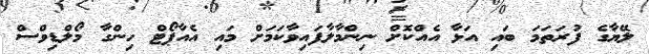
ލޭޔާގެ ފުރަތަމަ ބައި އަޅާ އެއްކޮށް ނިންމާލާފައިވާކަމަށް މައި އެއާޕޯޓް ހިންގާ މޯލްޑިވްސް